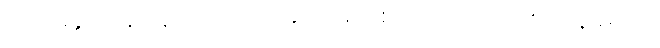
ဖေဖေနှင့် နေပြန်လျှင်လည်း မေမေတစ်ယောက်တည်း ကျန်ခဲ့မည်။